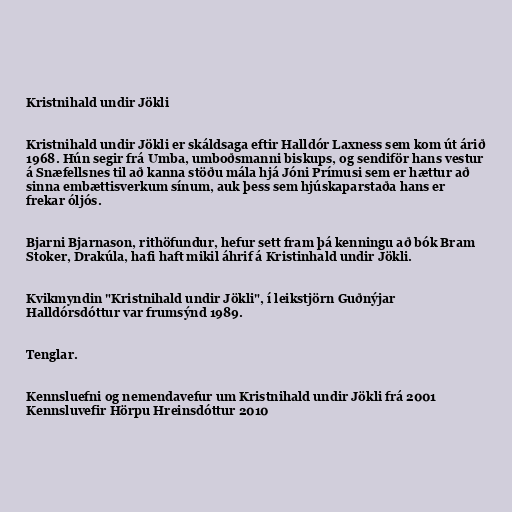
Kristnihald undir Jökli

Kristnihald undir Jökli er skáldsaga eftir Halldór Laxness sem kom út árið
1968. Hún segir frá Umba, umboðsmanni biskups, og sendiför hans vestur
á Snæfellsnes til að kanna stöðu mála hjá Jóni Prímusi sem er hættur að
sinna embættisverkum sínum, auk þess sem hjúskaparstaða hans er
frekar óljós.

Bjarni Bjarnason, rithöfundur, hefur sett fram þá kenningu að bók Bram
Stoker, Drakúla, hafi haft mikil áhrif á Kristinhald undir Jökli.

Kvikmyndin "Kristnihald undir Jökli", í leikstjörn Guðnýjar
Halldórsdóttur var frumsýnd 1989.

Tenglar.

Kennsluefni og nemendavefur um Kristnihald undir Jökli frá 2001
Kennsluvefir Hörpu Hreinsdóttur 2010